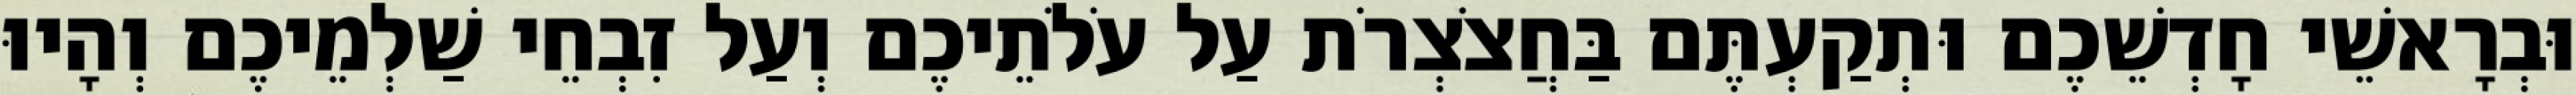
וּבְרָאשֵׁי חָדְשֵׁכֶם וּתְקַעְתֶּם בַּחֲצֹצְרֹת עַל עֹלֹתֵיכֶם וְעַל זִבְחֵי שַׁלְמֵיכֶם וְהָיוּ